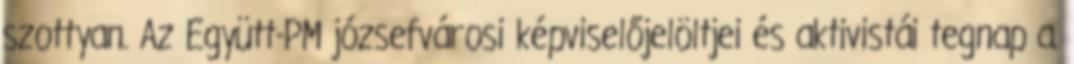
szottyan. Az Együtt-PM józsefvárosi képviselőjelöltjei és aktivistái tegnap a.